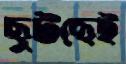
ছুটছেই